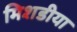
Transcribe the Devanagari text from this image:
मिशडीया